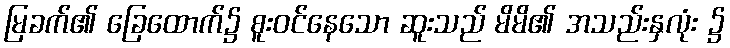
မြခက်၏ ခြေထောက်၌ စူးဝင်နေသော ဆူးသည် မိမိ၏ အသည်းနှလုံး ၌